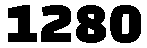
1280